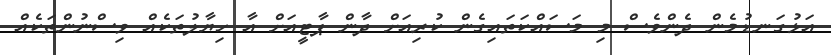
އަޅުގަނޑުމެން ދެންވެސް މި މަސައްކަތައިގެން ކުރިއަށް ދާން ޕާޓީއަށް އާ ހިޔާލުތަކެއް ވިސްނުންތަކެއް